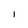
Character: l